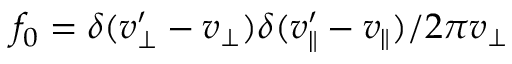
f _ { 0 } = \delta ( v _ { \perp } ^ { \prime } - v _ { \perp } ) \delta ( v _ { \parallel } ^ { \prime } - v _ { \parallel } ) / 2 \pi v _ { \perp }